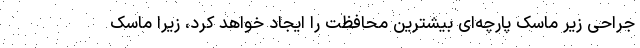
جراحی زیر ماسک پارچه‌ای بیشترین محافظت را ایجاد خواهد کرد، زیرا ماسک